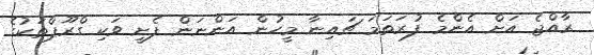
ރާއްޖެ އަށް އެންމެ ފުރަތަމަ ޗައިނާ މީހުން އަންނަން ފެށީ ވަކި ގްރޫޕްތަކުގެ